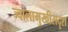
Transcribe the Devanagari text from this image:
ज्वालामुखीसदृश